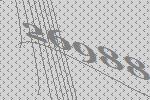
26988